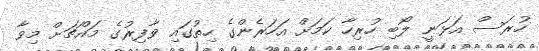
ހުރަސް އަޅަނީ ލޯބި ހުރިހާ ކަމަށް އަހަރެންގެ ހިތުގައި ވާފިރުގެ މައްޗަށް މިވާ